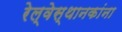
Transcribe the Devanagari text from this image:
रेल्वेस्थानकांना